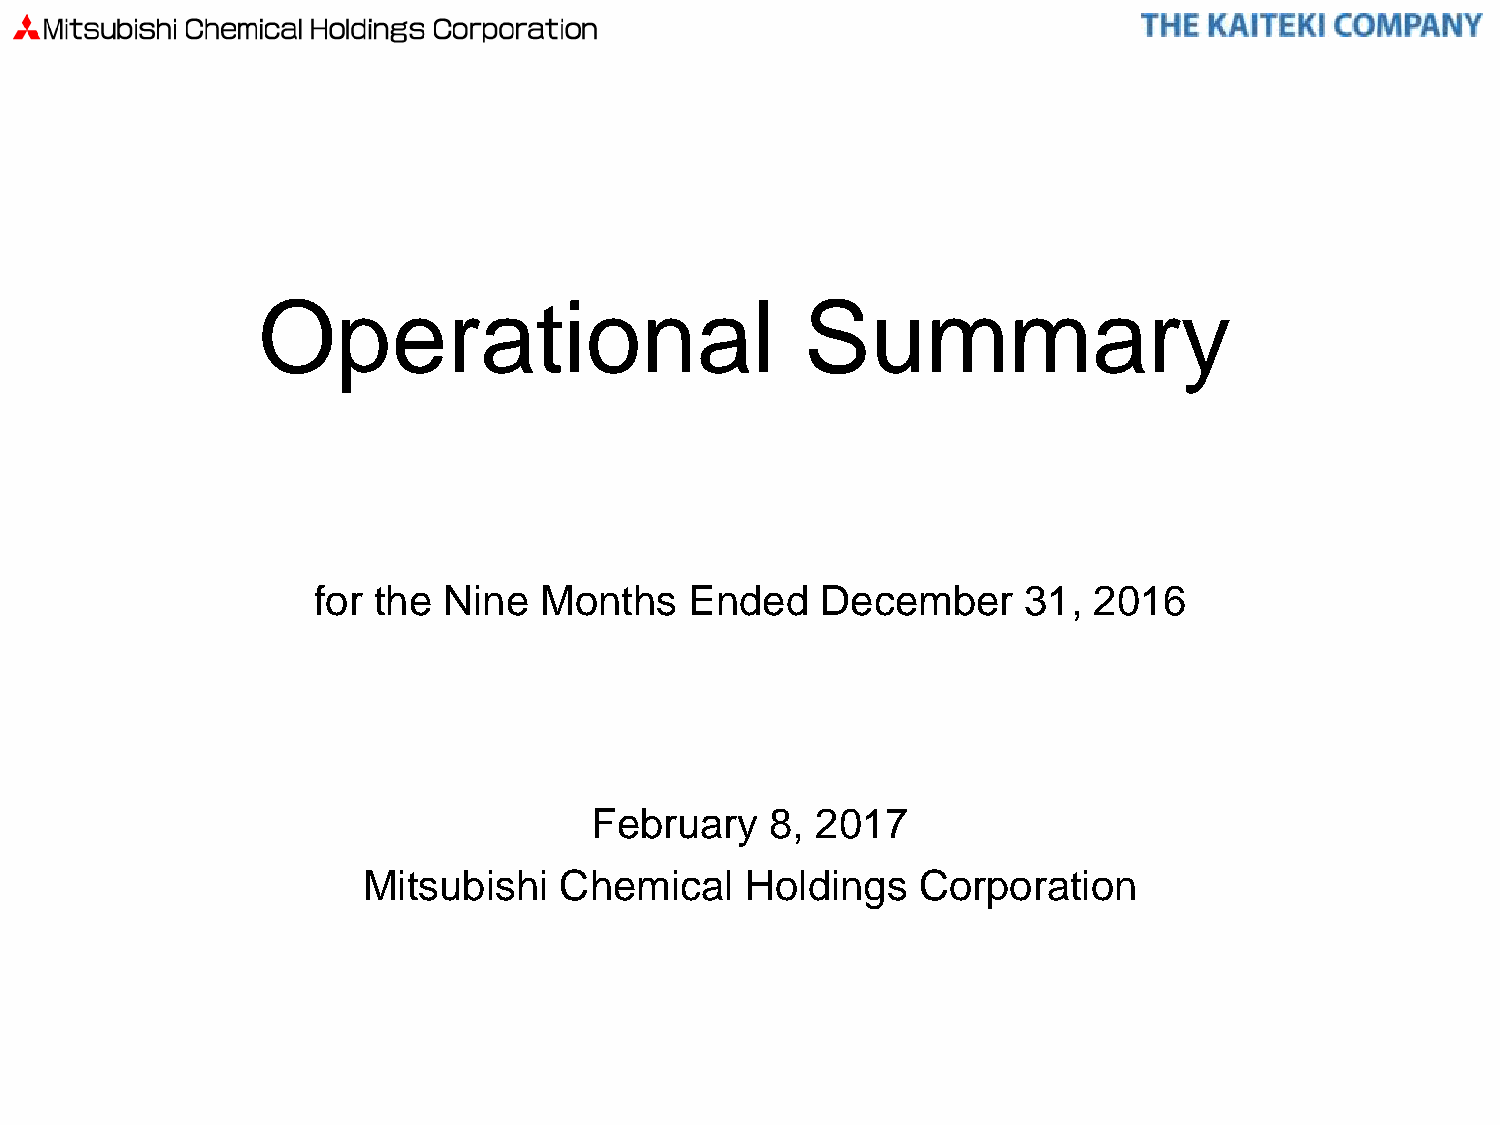
Operational                         Summary
 for the Nine   Months    Ended   December      31, 2016
 February    8, 2017
 Mitsubishi   Chemical    Holdings    Corporation